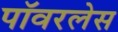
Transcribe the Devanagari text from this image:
पॉवरलेस